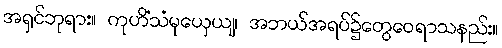
အရှင်ဘုရား။ ကုဟိံသံမုယှေယျ၊ အဘယ်အရပ်၌တွေဝေရာသနည်း။